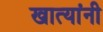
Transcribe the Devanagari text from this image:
खात्यांनी